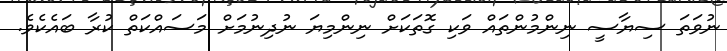
ނުވަތަ ސިޔާސީ ނިންމުންތައް ވަކި ގޮތަކަށް ނިންމިޔަ ނުދިނުމަށް މަސައްކަތް ކުރާ ބައެކެވެ.